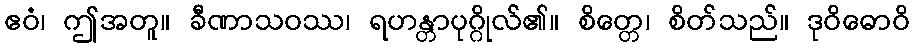
ဧဝံ၊ ဤအတူ။ ခီဏာသဝဿ၊ ရဟန္တာပုဂ္ဂိုလ်၏။ စိတ္တေ၊ စိတ်သည်။ ဒုဝိဓောဝိ